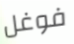
فوغل